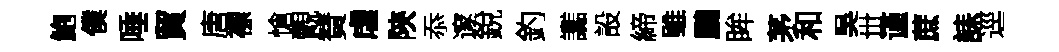
鮑僕唾貿唐褾愴覿賛虐陝忝邃銳釣讟設締雖鵬眸茅和吳丗谨蔗誄逕